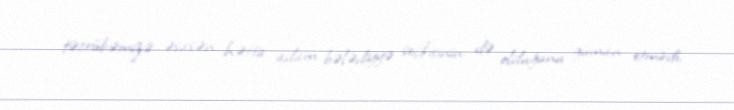
təcrübəmizə əsasən hətta adam bələdiyyə seçkisinin də olduğunu güman etmirdi,